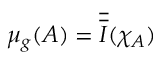
\mu _ { g } ( A ) = { \overline { { \overline { { I } } } } } ( \chi _ { A } )